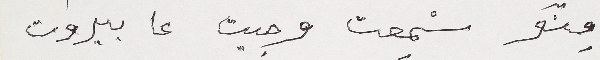
مِنّو سمِعت وجيت عا بيروت